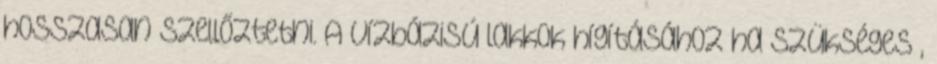
hosszasan szellőztetni. A vízbázisú lakkok hígításához ha szükséges ,